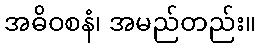
အဓိဝစနံ၊ အမည်တည်း။